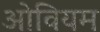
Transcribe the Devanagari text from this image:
ओवियम